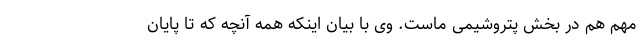
مهم هم در بخش پتروشیمی ماست. وی با بیان اینکه همه آنچه که تا پایان